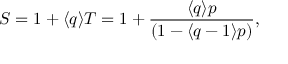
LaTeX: \protect { \cal { S } } = 1 + \langle q \rangle T = 1 + { \frac { \langle q \rangle p } { ( 1 - \langle q - 1 \rangle p ) } } ,